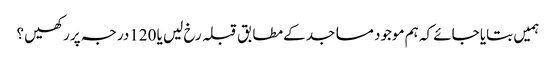
ہمیں بتایا جائے کہ ہم موجود مساجد کےمطابق قبلہ رخ لیں یا 120درجہ پررکھیں ؟